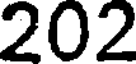
202